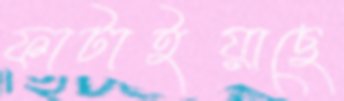
ফাটাইয়াছে